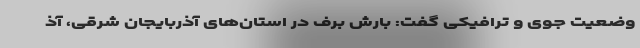
وضعیت جوی و ترافیکی گفت: بارش برف در استان‌های آذربایجان شرقی، آذ